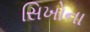
સિખોના